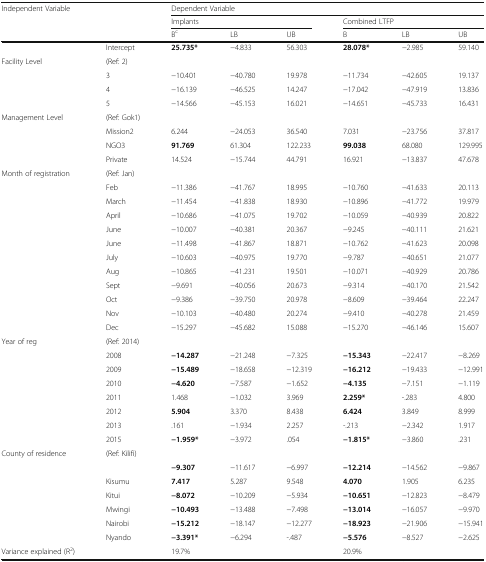
<table><thead><tr><td rowspan="3" colspan="2"><b>Independent Variable</b></td><td colspan="6"><b>Dependent Variable</b></td></tr><tr><td colspan="3"><b>Implants</b></td><td colspan="3"><b>Combined LTFP</b></td></tr><tr><td><b>B<sup>c</sup></b></td><td><b>LB</b></td><td><b>UB</b></td><td><b>B</b></td><td><b>LB</b></td><td><b>UB</b></td></tr></thead><tbody><tr><td></td><td>Intercept</td><td><b>25.735*</b></td><td>−4.833</td><td>56.303</td><td><b>28.078*</b></td><td>−2.985</td><td>59.140</td></tr><tr><td>Facility Level</td><td>(Ref: 2)</td><td></td><td></td><td></td><td></td><td></td><td></td></tr><tr><td></td><td>3</td><td>−10.401</td><td>−40.780</td><td>19.978</td><td>−11.734</td><td>−42.605</td><td>19.137</td></tr><tr><td></td><td>4</td><td>−16.139</td><td>−46.525</td><td>14.247</td><td>−17.042</td><td>−47.919</td><td>13.836</td></tr><tr><td></td><td>5</td><td>−14.566</td><td>−45.153</td><td>16.021</td><td>−14.651</td><td>−45.733</td><td>16.431</td></tr><tr><td>Management Level</td><td>(Ref: Gok1)</td><td></td><td></td><td></td><td></td><td></td><td></td></tr><tr><td></td><td>Mission2</td><td>6.244</td><td>−24.053</td><td>36.540</td><td>7.031</td><td>−23.756</td><td>37.817</td></tr><tr><td></td><td>NGO3</td><td><b>91.769</b></td><td>61.304</td><td>122.233</td><td><b>99.038</b></td><td>68.080</td><td>129.995</td></tr><tr><td></td><td>Private</td><td>14.524</td><td>−15.744</td><td>44.791</td><td>16.921</td><td>−13.837</td><td>47.678</td></tr><tr><td>Month of registration</td><td>(Ref: Jan)</td><td></td><td></td><td></td><td></td><td></td><td></td></tr><tr><td></td><td>Feb</td><td>−11.386</td><td>−41.767</td><td>18.995</td><td>−10.760</td><td>−41.633</td><td>20.113</td></tr><tr><td></td><td>March</td><td>−11.454</td><td>−41.838</td><td>18.930</td><td>−10.896</td><td>−41.772</td><td>19.979</td></tr><tr><td></td><td>April</td><td>−10.686</td><td>−41.075</td><td>19.702</td><td>−10.059</td><td>−40.939</td><td>20.822</td></tr><tr><td></td><td>June</td><td>−10.007</td><td>−40.381</td><td>20.367</td><td>−9.245</td><td>−40.111</td><td>21.621</td></tr><tr><td></td><td>June</td><td>−11.498</td><td>−41.867</td><td>18.871</td><td>−10.762</td><td>−41.623</td><td>20.098</td></tr><tr><td></td><td>July</td><td>−10.603</td><td>−40.975</td><td>19.770</td><td>−9.787</td><td>−40.651</td><td>21.077</td></tr><tr><td></td><td>Aug</td><td>−10.865</td><td>−41.231</td><td>19.501</td><td>−10.071</td><td>−40.929</td><td>20.786</td></tr><tr><td></td><td>Sept</td><td>−9.691</td><td>−40.056</td><td>20.673</td><td>−9.314</td><td>−40.170</td><td>21.542</td></tr><tr><td></td><td>Oct</td><td>−9.386</td><td>−39.750</td><td>20.978</td><td>−8.609</td><td>−39.464</td><td>22.247</td></tr><tr><td></td><td>Nov</td><td>−10.103</td><td>−40.480</td><td>20.274</td><td>−9.410</td><td>−40.278</td><td>21.459</td></tr><tr><td></td><td>Dec</td><td>−15.297</td><td>−45.682</td><td>15.088</td><td>−15.270</td><td>−46.146</td><td>15.607</td></tr><tr><td>Year of reg</td><td>(Ref: 2014)</td><td></td><td></td><td></td><td></td><td></td><td></td></tr><tr><td></td><td>2008</td><td><b>−14.287</b></td><td>−21.248</td><td>−7.325</td><td><b>−15.343</b></td><td>−22.417</td><td>−8.269</td></tr><tr><td></td><td>2009</td><td><b>−15.489</b></td><td>−18.658</td><td>−12.319</td><td><b>−16.212</b></td><td>−19.433</td><td>−12.991</td></tr><tr><td></td><td>2010</td><td><b>−4.620</b></td><td>−7.587</td><td>−1.652</td><td><b>−4.135</b></td><td>−7.151</td><td>−1.119</td></tr><tr><td></td><td>2011</td><td>1.468</td><td>−1.032</td><td>3.969</td><td><b>2.259*</b></td><td>-.283</td><td>4.800</td></tr><tr><td></td><td>2012</td><td><b>5.904</b></td><td>3.370</td><td>8.438</td><td><b>6.424</b></td><td>3.849</td><td>8.999</td></tr><tr><td></td><td>2013</td><td>.161</td><td>−1.934</td><td>2.257</td><td>-.213</td><td>−2.342</td><td>1.917</td></tr><tr><td></td><td>2015</td><td><b>−1.959*</b></td><td>−3.972</td><td>.054</td><td><b>−1.815*</b></td><td>−3.860</td><td>.231</td></tr><tr><td>County of residence</td><td>(Ref: Kilifi)</td><td></td><td></td><td></td><td></td><td></td><td></td></tr><tr><td></td><td></td><td><b>−9.307</b></td><td>−11.617</td><td>−6.997</td><td><b>−12.214</b></td><td>−14.562</td><td>−9.867</td></tr><tr><td></td><td>Kisumu</td><td><b>7.417</b></td><td>5.287</td><td>9.548</td><td><b>4.070</b></td><td>1.905</td><td>6.235</td></tr><tr><td></td><td>Kitui</td><td><b>−8.072</b></td><td>−10.209</td><td>−5.934</td><td><b>−10.651</b></td><td>−12.823</td><td>−8.479</td></tr><tr><td></td><td>Mwingi</td><td><b>−10.493</b></td><td>−13.488</td><td>−7.498</td><td><b>−13.014</b></td><td>−16.057</td><td>−9.970</td></tr><tr><td></td><td>Nairobi</td><td><b>−15.212</b></td><td>−18.147</td><td>−12.277</td><td><b>−18.923</b></td><td>−21.906</td><td>−15.941</td></tr><tr><td></td><td>Nyando</td><td><b>−3.391*</b></td><td>−6.294</td><td>-.487</td><td><b>−5.576</b></td><td>−8.527</td><td>−2.625</td></tr><tr><td>Variance explained (R<sup>2</sup>)</td><td></td><td>19.7%</td><td></td><td></td><td>20.9%</td><td></td><td></td></tr></tbody></table>